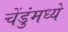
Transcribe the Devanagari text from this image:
चेंडुंमध्ये